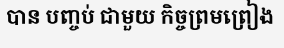
បាន បញ្ចប់ ជាមួយ កិច្ចព្រមព្រៀង